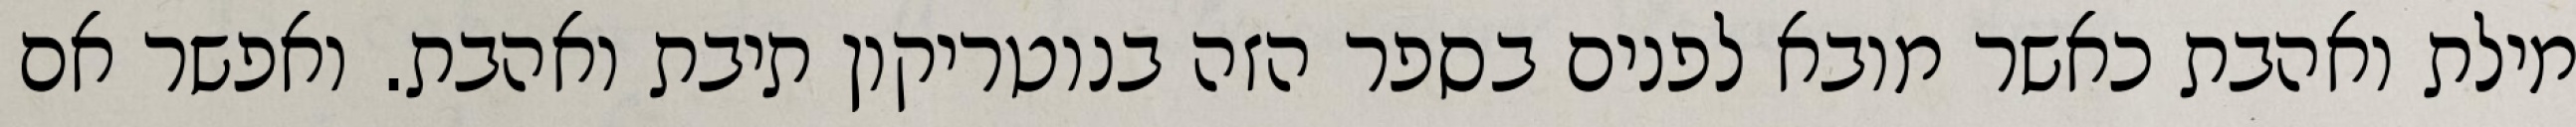
מילת ואהבת כאשר מובא לפנים בספר הזה בנוטריקון תיבת ואהבת. ואפשר אם